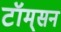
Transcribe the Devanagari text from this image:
टॉम्‌सन